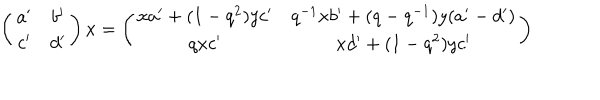
\left( \begin{matrix} { { a ^ { \prime } } } & { { b ^ { \prime } } } \\ { { c ^ { \prime } } } & { { d ^ { \prime } } } \\ \end{matrix} \right) x = \left( \begin{matrix} { { x a ^ { \prime } + ( 1 - q ^ { 2 } ) y c ^ { \prime } } } & { { q ^ { - 1 } x b ^ { \prime } + ( q - q ^ { - 1 } ) y ( a ^ { \prime } - d ^ { \prime } ) } } \\ { { q x c ^ { \prime } } } & { { x d ^ { \prime } + ( 1 - q ^ { 2 } ) y c ^ { \prime } } } \\ \end{matrix} \right)